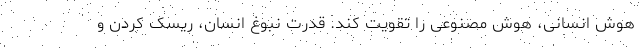
هوش انسانی، هوش مصنوعی را تقویت کند. قدرت نبوغ انسان، ریسک کردن و